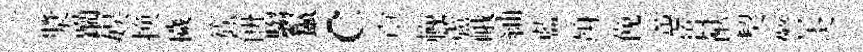
漿躪娱换穢簇餅騶鬣c㝠輓蘆峨紬藍竧俛蕙簣猷契警炎